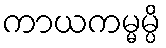
ကာယကမ္မမ္ပိ